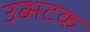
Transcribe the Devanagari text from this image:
उब्भटक